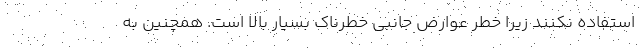
استفاده نکنند زیرا خطر عوارض جانبی خطرناک بسیار بالا است. همچنین به